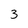
Character: 3